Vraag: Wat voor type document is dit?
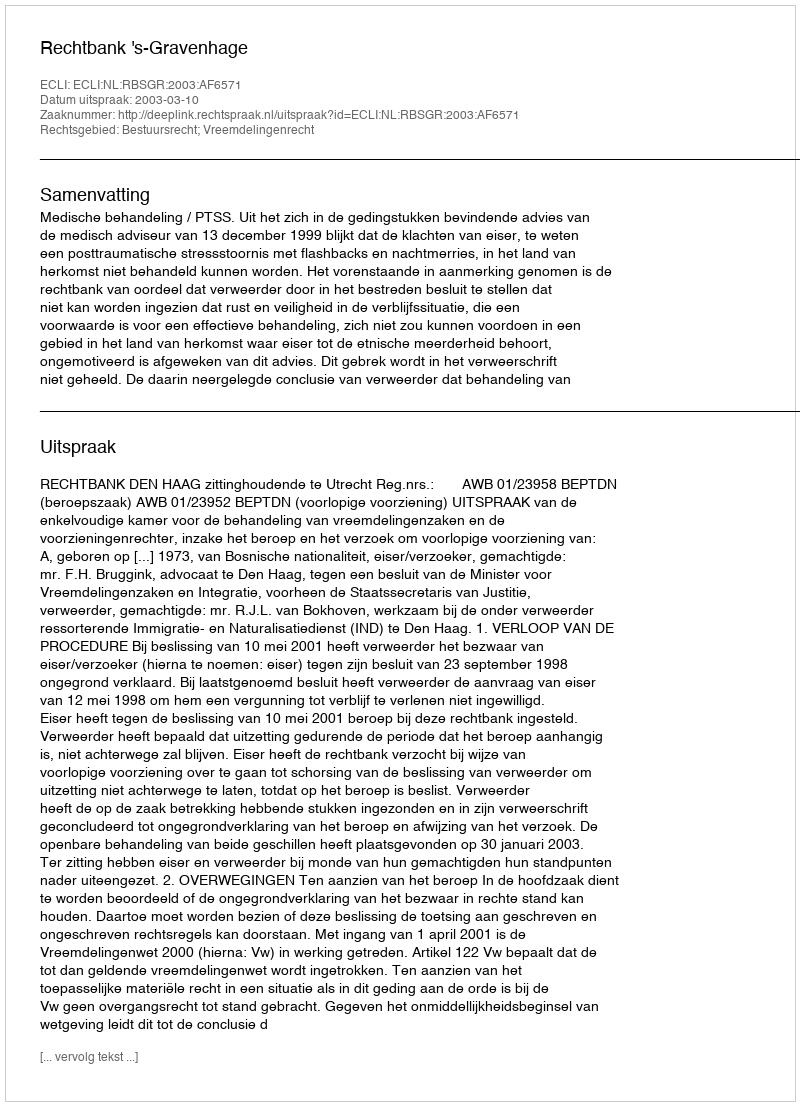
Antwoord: Uitspraak